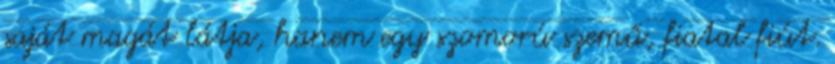
saját magát látja, hanem egy szomorú szemű, fiatal fiút.